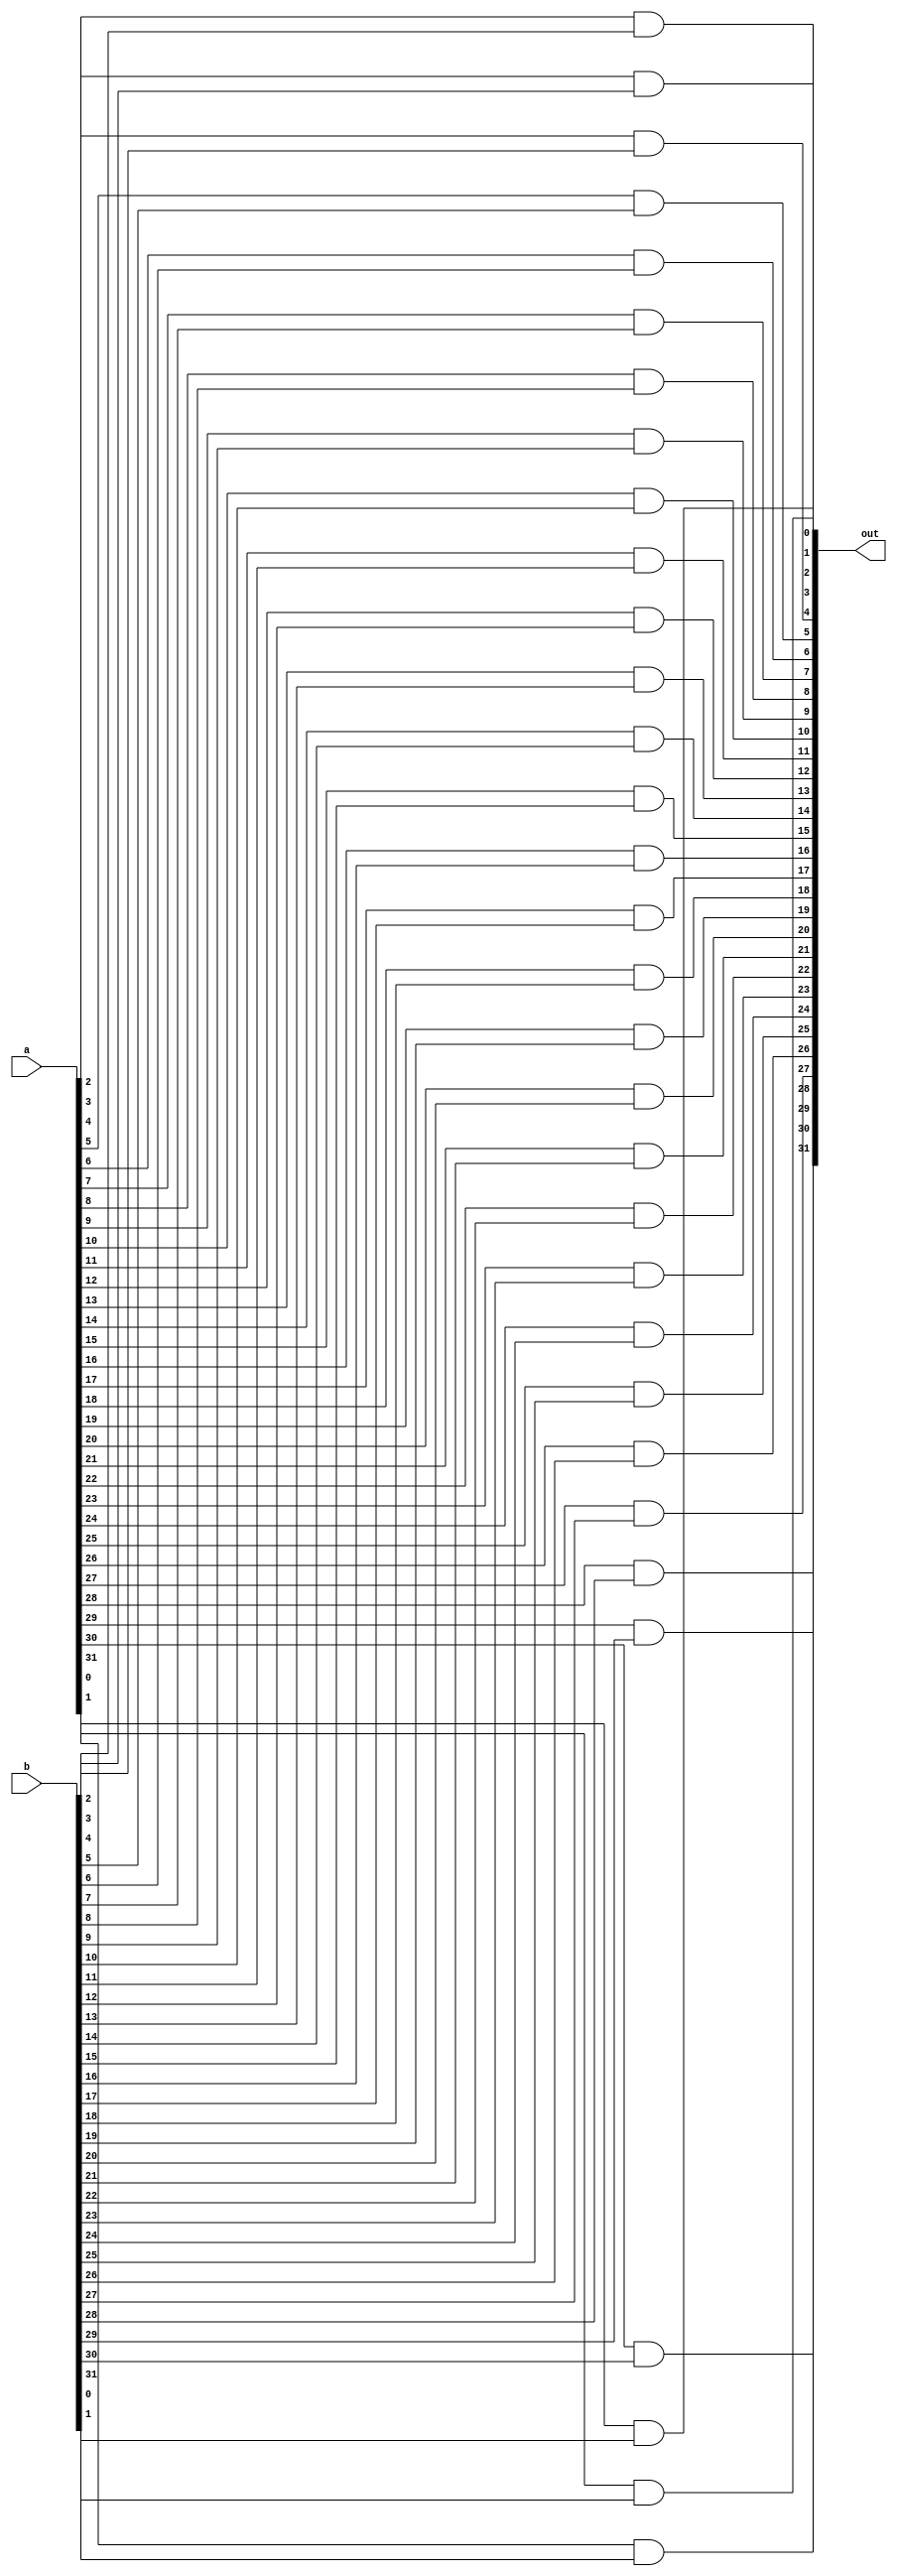
module and_32(
	input [31:0] a, //input values
	input [31:0] b,
	output [31:0] out //output value
	);

	//output is the AND of a and b
	assign out[0] 	=  a[0]  &  b[0]; 
	assign out[1] 	=  a[1]  &  b[1]; 
	assign out[2] 	=  a[2]  &  b[2]; 
	assign out[3] 	=  a[3]  &  b[3]; 
	assign out[4] 	=  a[4]  &  b[4]; 
	assign out[5] 	=  a[5]  &  b[5]; 
	assign out[6] 	=  a[6]  &  b[6]; 
	assign out[7] 	=  a[7]  &  b[7]; 
	assign out[8] 	=  a[8]  &  b[8]; 
	assign out[9] 	=  a[9]  &  b[9]; 
	assign out[10]	=  a[10] &  b[10]; 
	assign out[11] 	=  a[11] &  b[11]; 
	assign out[12] 	=  a[12] &  b[12]; 
	assign out[13] 	=  a[13] &  b[13]; 
	assign out[14] 	=  a[14] &  b[14]; 
	assign out[15] 	=  a[15] &  b[15]; 
	assign out[16] 	=  a[16] &  b[16]; 
	assign out[17] 	=  a[17] &  b[17]; 
	assign out[18] 	=  a[18] &  b[18]; 
	assign out[19] 	=  a[19] &  b[19]; 
	assign out[20] 	=  a[20] &  b[20]; 
	assign out[21] 	=  a[21] &  b[21]; 
	assign out[22] 	=  a[22] &  b[22]; 
	assign out[23] 	=  a[23] &  b[23];
	assign out[24] 	=  a[24] &  b[24]; 
	assign out[25]	=  a[25] &  b[25]; 
	assign out[26] 	=  a[26] &  b[26]; 
	assign out[27] 	=  a[27] &  b[27]; 
	assign out[28] 	=  a[28] &  b[28]; 
	assign out[29] 	=  a[29] &  b[29]; 
	assign out[30] 	=  a[30] &  b[30];
	assign out[31] 	=  a[31] &  b[31];
endmodule